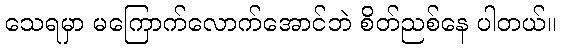
သေရမှာ မကြောက်လောက်အောင်ဘဲ စိတ်ညစ်နေ ပါတယ်။